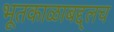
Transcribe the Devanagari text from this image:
भूतकाळाबद्द्लच